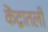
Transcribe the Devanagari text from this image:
केंद्रातली